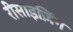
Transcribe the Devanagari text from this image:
रीसाइज़िंग